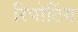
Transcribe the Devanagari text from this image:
रिपोटिंग